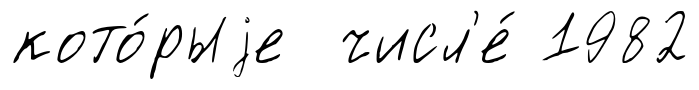
кото́рыjе числ'е́ 1982